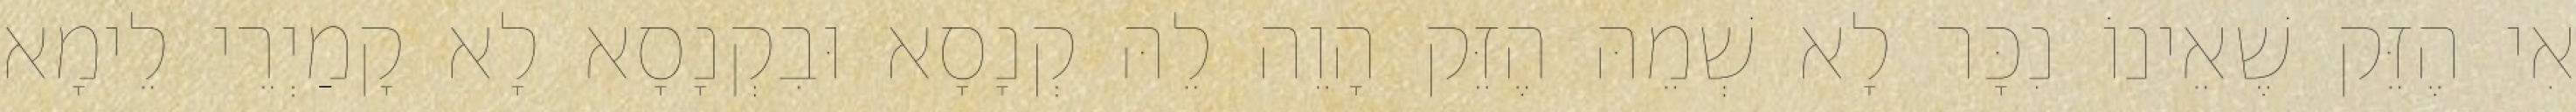
אִי הֶזֵּק שֶׁאֵינוֹ נִכָּר לָא שְׁמֵהּ הֶזֵּק הָוֵה לֵהּ קְנָסָא וּבִקְנָסָא לָא קָמַיְרֵי לֵימָא